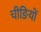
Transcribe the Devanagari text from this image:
चीङियों